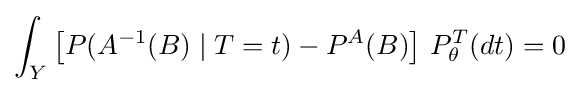
\int _{Y}{\big [}P(A^{-1}(B)\mid T=t)-P^{A}(B){\big ]}\ P_{\theta }^{T}(dt)=0